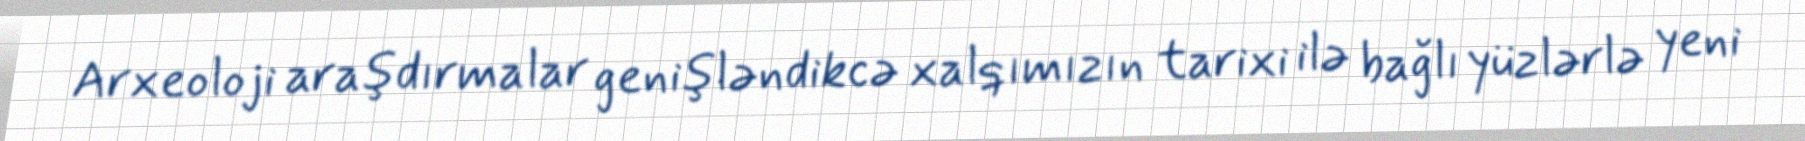
Arxeoloji araşdırmalar genişləndikcə xalqımızın tarixi ilə bağlı yüzlərlə yeni